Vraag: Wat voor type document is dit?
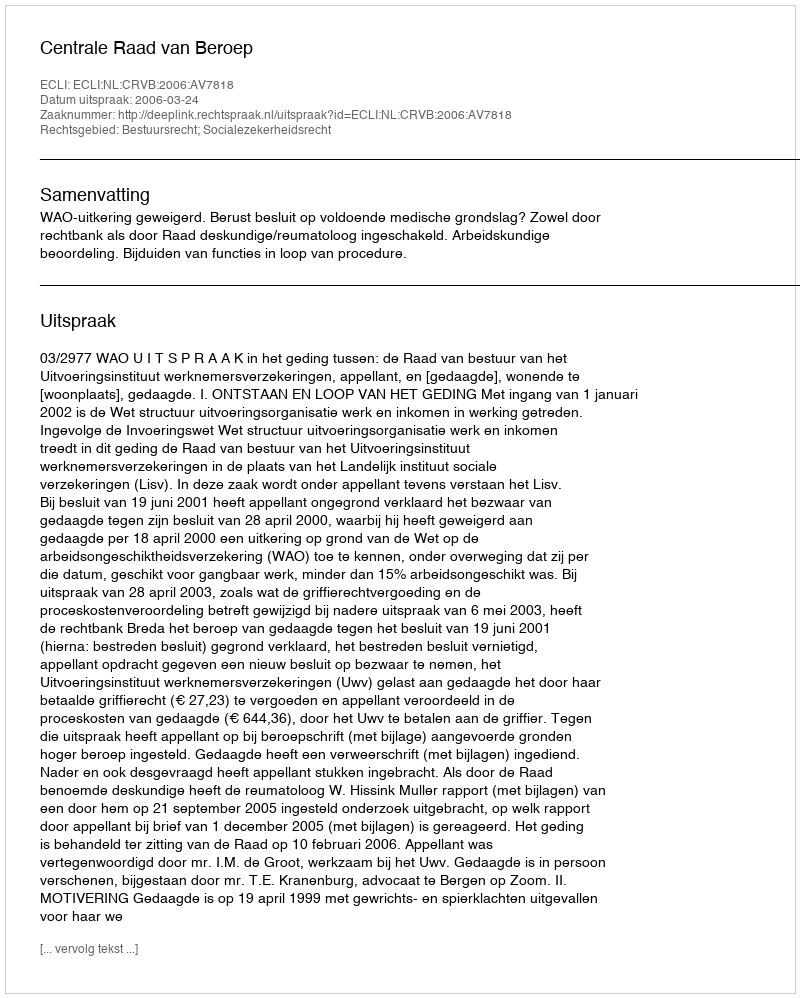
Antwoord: Uitspraak